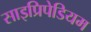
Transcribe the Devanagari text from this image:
साइप्रिपेडियम